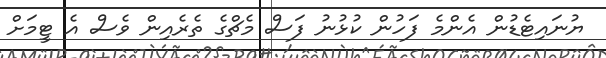
ޔުނައިޓެޑުން އެންމެ ފަހުން ކުޅުނު ފަސް މެޗްގެ ތެރެއިން ވެސް އެ ޓީމަށް